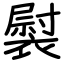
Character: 褽